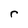
Character: r